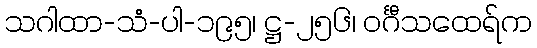
သဂါထာ-သံ-ပါ-၁၉၅၊ ဋ္ဌ-၂၅၆၊ ဝင်္ဂီသထေရ်က